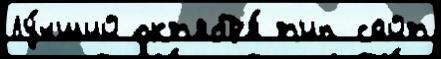
Лу́чший окт'ябр'я́ т'ип сайт